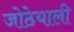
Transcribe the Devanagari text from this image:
जोठेयाली